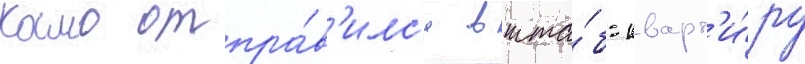
Камо отпра́в'илс'я в шта́б-кварт'и́ру